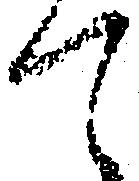
て